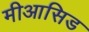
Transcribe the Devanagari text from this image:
मीआसिड